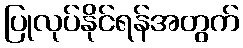
ပြုလုပ်နိုင်ရန်အတွက်